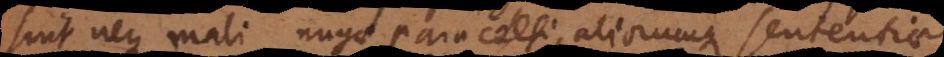
sint neque mali, nugae Paracelsi aliorumque sententiae.